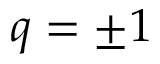
q = \pm 1